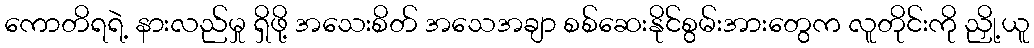
ကောတိရရဲ့ နားလည်မှု ရှိဖို့ အသေးစိတ် အသေအချာ စစ်ဆေးနိုင်စွမ်းအားတွေက လူတိုင်းကို ညှို့ယူ